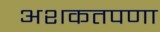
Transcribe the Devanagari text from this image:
अशकतपणा